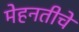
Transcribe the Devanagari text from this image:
मेहनतीचे